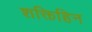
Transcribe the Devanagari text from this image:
शक्तिहिन